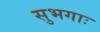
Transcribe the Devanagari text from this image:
सुभगाः